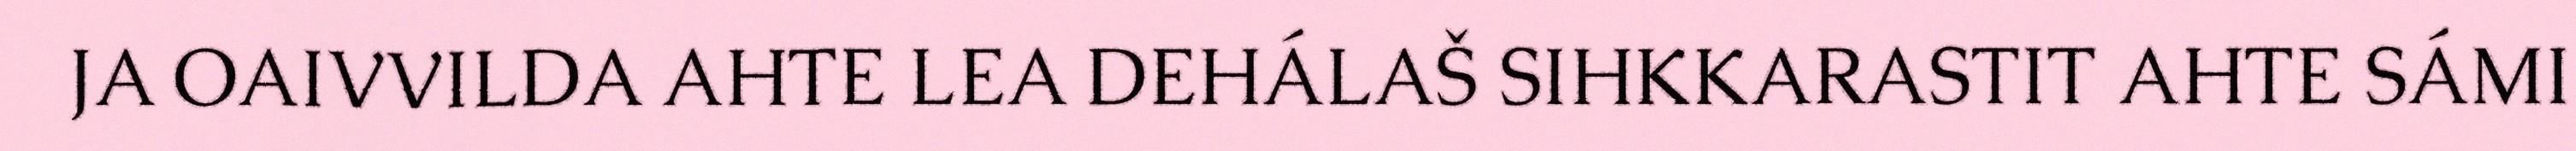
JA OAIVVILDA AHTE LEA DEHÁLAŠ SIHKKARASTIT AHTE SÁMI